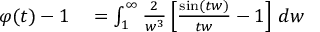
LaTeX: \begin{array} { r l } { \varphi ( t ) - 1 } & { { } = \int _ { 1 } ^ { \infty } { \frac { 2 } { w ^ { 3 } } } \left[ { \frac { \sin ( t w ) } { t w } } - 1 \right] \, d w } \end{array}